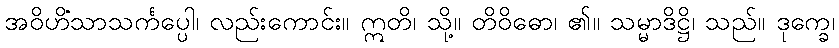
အဝိဟိံသာသင်္ကပ္ပေါ၊ လည်းကောင်း။ ဣတိ၊ သို့။ တိဝိဓော၊ ၏။ သမ္မာဒိဋ္ဌိ၊ သည်။ ဒုက္ခေ၊